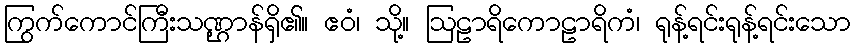
ကြွက်ကောင်ကြီးသဏ္ဌာန်ရှိ၏။ ဧဝံ၊ သို့။ ဩဠာရိကောဠာရိကံ၊ ရုန့်ရင်းရုန့်ရင်းသော